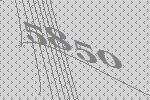
5850